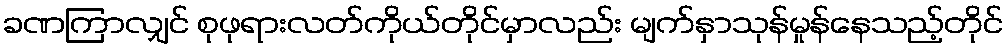
ခဏကြာလျှင် စုဖုရားလတ်ကိုယ်တိုင်မှာလည်း မျက်နှာသုန်မှုန်နေသည့်တိုင်